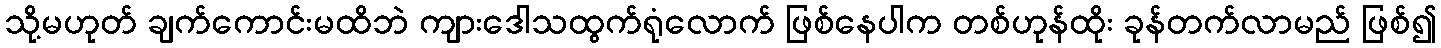
သို့မဟုတ် ချက်ကောင်းမထိဘဲ ကျားဒေါသထွက်ရုံလောက် ဖြစ်နေပါက တစ်ဟုန်ထိုး ခုန်တက်လာမည် ဖြစ်၍